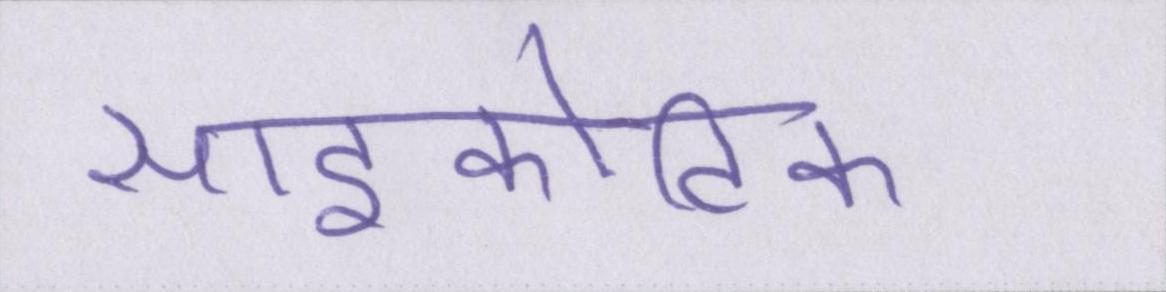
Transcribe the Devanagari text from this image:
साइकोटिक